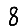
Digit: 8